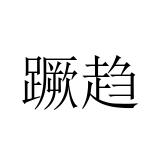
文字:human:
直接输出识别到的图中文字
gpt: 蹶趋